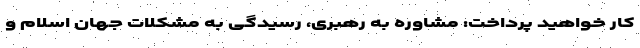
کار خواهید پرداخت: مشاوره به رهبری، رسیدگی به مشکلات جهان اسلام و